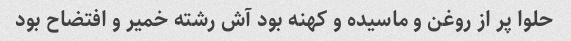
حلوا پر از روغن و ماسیده و کهنه بود آش رشته خمیر و افتضاح بود